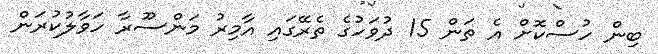
ބިން ހުސްކޮށް އެ ތަން 15 ދުވަހުގެ ތެރޭގައި އާމިރު މަންސޫރާ ހަވާލުކުރަން